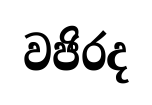
වජිරද